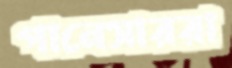
পানেসাররা